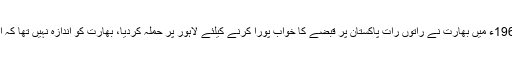
قیام پاکستان کے 18سال بعد ستمبر1965ء میں بھارت نے راتوں رات پاکستان پر قبضے کا خواب پورا کرنے کیلئے لاہور پر حملہ کردیا، بھارت کو اندازہ نہیں تھا کہ اس کا یہ خواب چکنا چور ہو جائے گا۔